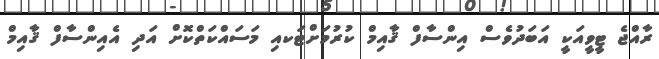
ރާއްޖެ ޓީވީއަކީ އަބަދުވެސް އިންސާފް ޤާއިމް ކުރުމަށްޓަކއި މަސައްކަތްކޮށް އަދި އެއިންސާފް ޤާއިމް